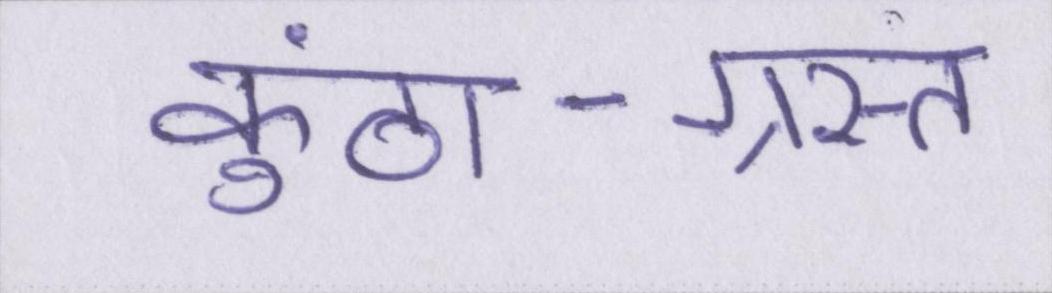
कुंठा-ग्रस्त